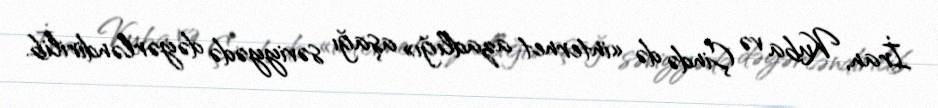
İran, Kuba və Çində də «internet azadlığı» aşağı səviyyədə dəyərləndirilib.